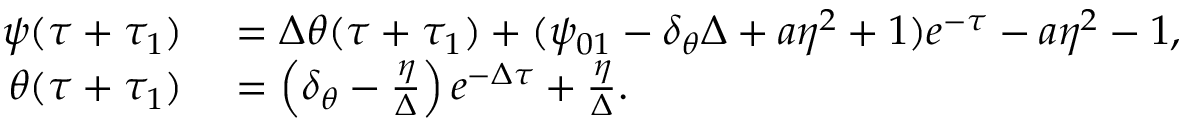
\begin{array} { r l } { \psi ( \tau + \tau _ { 1 } ) } & { { } = \Delta \theta ( \tau + \tau _ { 1 } ) + ( \psi _ { 0 1 } - \delta _ { \theta } \Delta + a \eta ^ { 2 } + 1 ) e ^ { - \tau } - a \eta ^ { 2 } - 1 , } \\ { \theta ( \tau + \tau _ { 1 } ) } & { { } = \left( \delta _ { \theta } - \frac { \eta } { \Delta } \right) e ^ { - \Delta \tau } + \frac { \eta } { \Delta } . } \end{array}